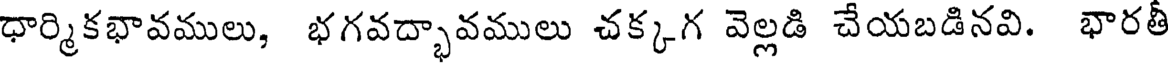
ధార్మికభావములు, భగవద్భావములు చక్కగ వెల్లడి చేయబడినవి. భారతీ